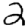
Digit: 2